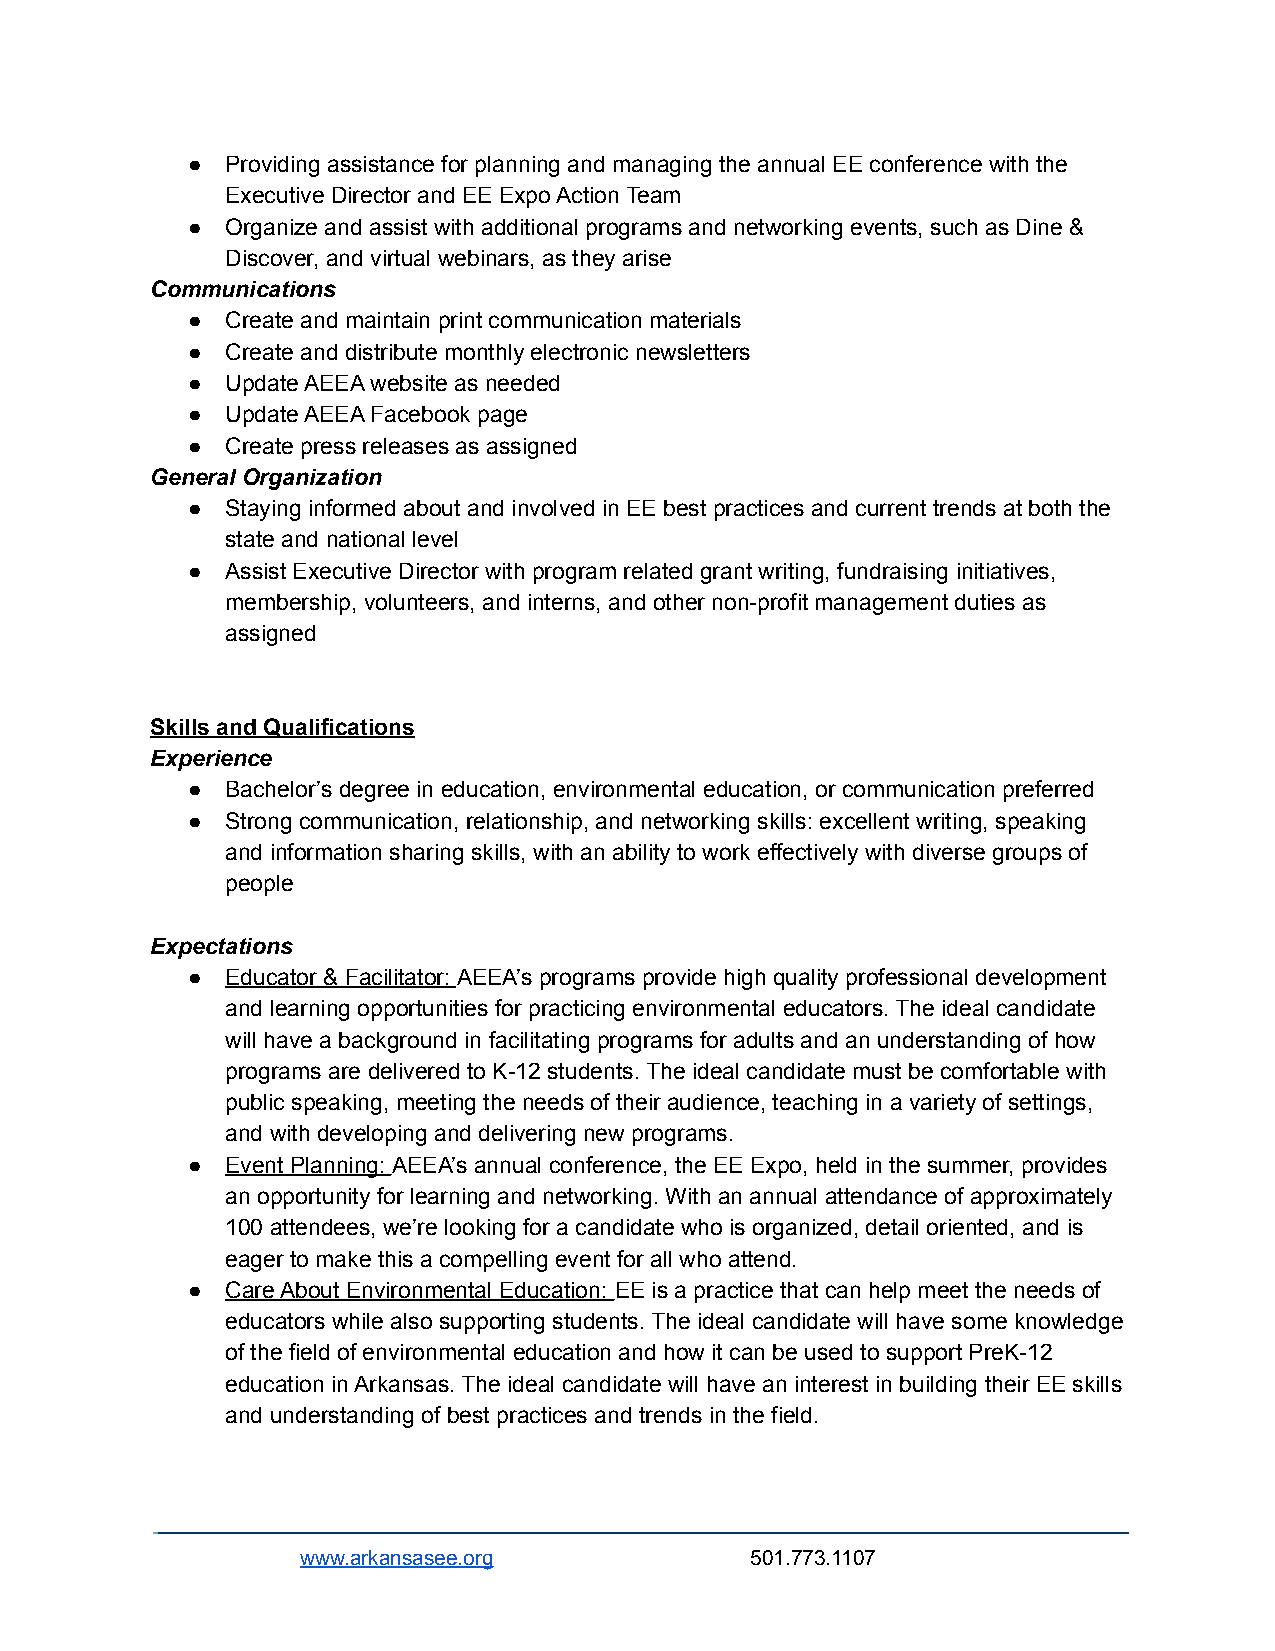
●  Providing assistance for planning and managing the annual EE conference with the
 Executive Director and EE Expo Action Team
 ●  Organize and assist with additional programs and networking events, such as Dine &
 Discover, and virtual webinars, as they arise
 Communications
 ●  Create and maintain print communication materials
 ●  Create and distribute monthly electronic newsletters
 ●  Update AEEA website as needed
 ●  Update AEEA Facebook page
 ●  Create press releases as assigned
 General Organization
 ●  Staying informed about and involved in EE best practices and current trends at both the
 state and national level
 ●  Assist Executive Director with program related grant writing, fundraising initiatives,
 membership, volunteers, and interns, and other non-profit management duties as
 assigned
 Skills and Qualifications
 Experience
 ●  Bachelor’s degree in education, environmental education, or communication preferred
 ●  Strong communication, relationship, and networking skills: excellent writing, speaking
 and information sharing skills, with an ability to work effectively with diverse groups of
 people
 Expectations
 ●  Educator & Facilitator: AEEA’s programs provide high quality professional development
 and learning opportunities for practicing environmental educators. The ideal candidate
 will have a background in facilitating programs for adults and an understanding of how
 programs are delivered to K-12 students. The ideal candidate must be comfortable with
 public speaking, meeting the needs of their audience, teaching in a variety of settings,
 and with developing and delivering new programs.
 ●  Event Planning: AEEA’s annual conference, the EE Expo, held in the summer, provides
 an opportunity for learning and networking. With an annual attendance of approximately
 100 attendees, we’re looking for a candidate who is organized, detail oriented, and is
 eager to make this a compelling event for all who attend.
 ●  Care About Environmental Education: EE is a practice that can help meet the needs of
 educators while also supporting students. The ideal candidate will have some knowledge
 of the field of environmental education and how it can be used to support PreK-12
 education in Arkansas. The ideal candidate will have an interest in building their EE skills
 and understanding of best practices and trends in the field.
 www.arkansasee.org            501.773.1107